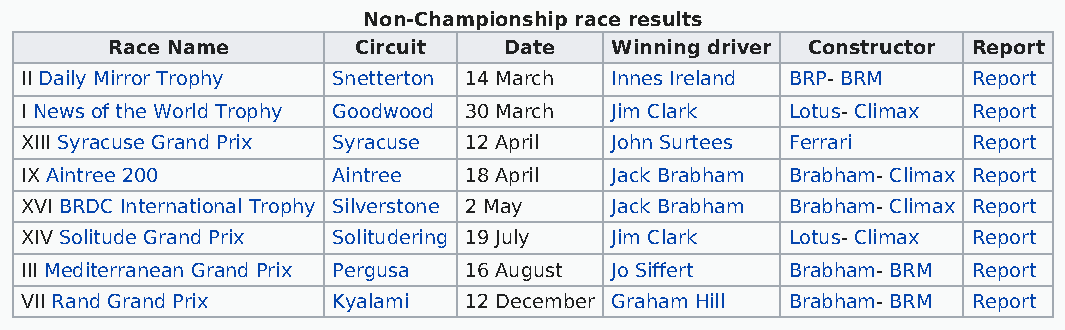
Non-Championship race results
 Race Name       Circuit   Date   Winning driver Constructor Report
 II Daily Mirror Trophy Snetterton 14 March Innes Ireland BRP- BRM Report
 I News of the World Trophy Goodwood 30 March Jim Clark Lotus- Climax Report
 XIII Syracuse Grand Prix Syracuse 12 April John Surtees Ferrari Report
 IX Aintree 200       Aintree  18 April Jack Brabham Brabham- Climax Report
 XVI BRDC International Trophy Silverstone 2 May Jack Brabham Brabham- Climax Report
 XIV Solitude Grand Prix Solitudering 19 July Jim Clark Lotus- Climax Report
 III Mediterranean Grand Prix Pergusa 16 August Jo Siffert Brabham- BRM Report
 VII Rand Grand Prix  Kyalami  12 December Graham Hill Brabham- BRM Report